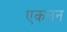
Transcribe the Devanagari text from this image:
एकलन